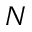
N